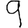
Digit: 9